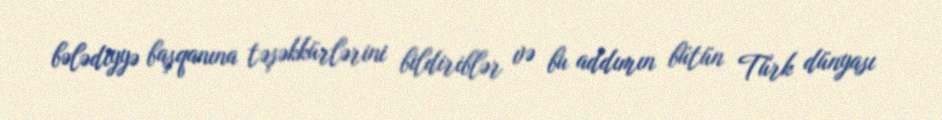
bələdiyyə başqanına təşəkkürlərini bildiriblər və bu addımın bütün Türk dünyası